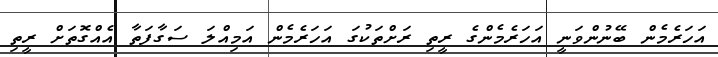
އަހަރެމެން ބޭނުންވަނީ އަހަރެމެންގެ ރީތި ރަށްތަކުގަ އަހަރެމެން އަމިއްލަ ސަގާފަތާ އެއްގޮތަށް ރީތި